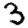
Digit: 3